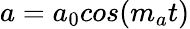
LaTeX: a=a_{0}cos(m_{a}t)